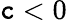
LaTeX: \mathtt{c}<0